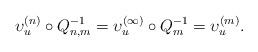
LaTeX: \begin{align*} \upsilon_u^{(n)} \circ Q_{n,m}^{-1} = \upsilon_u^{(\infty)} \circ Q_m^{-1} = \upsilon_u^{(m)}.\end{align*}